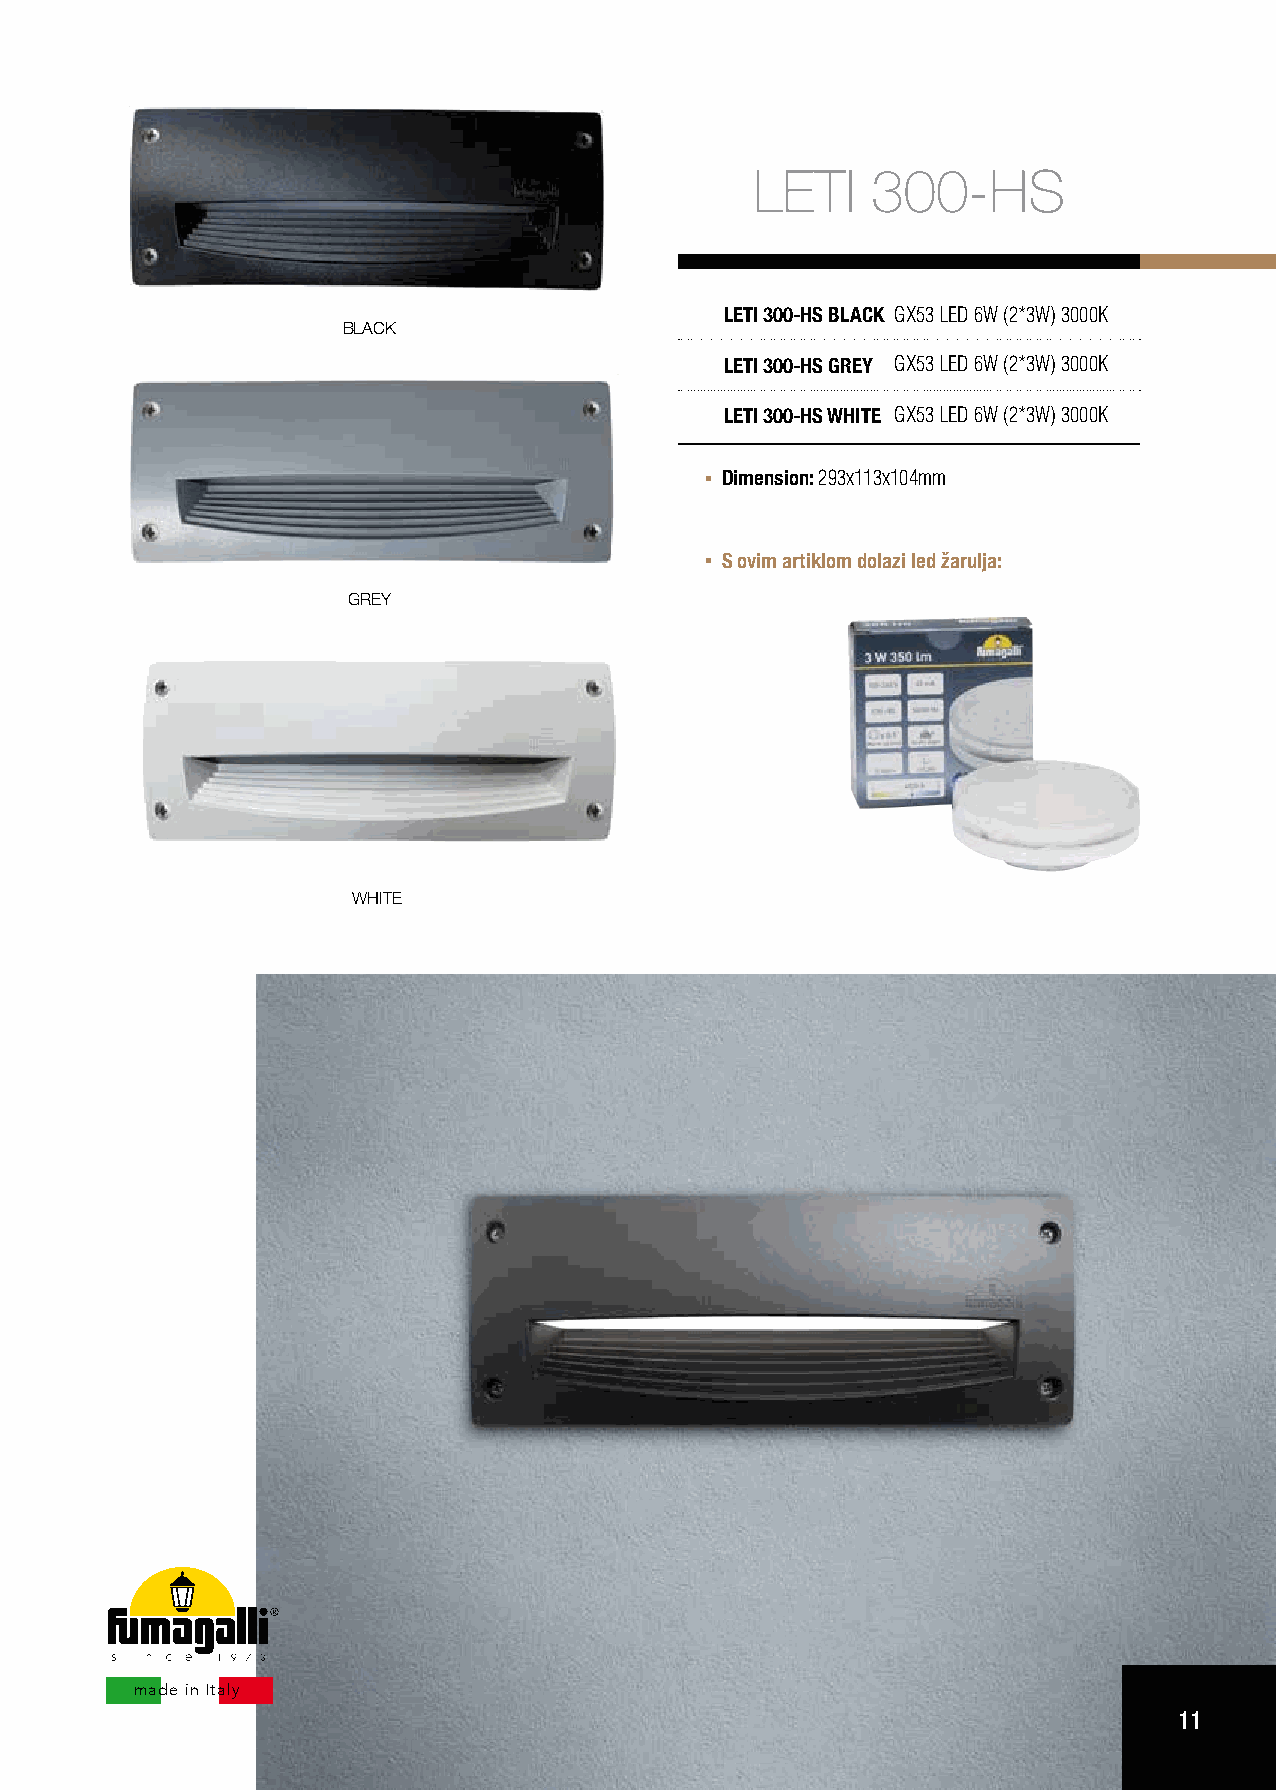
LETI    300-HS
 LETI 300-HS BLACK GX53 LED 6W (2*3W) 3000K
 BLACK
 LETI 300-HS GREY GX53 LED 6W (2*3W) 3000K
 LETI 300-HS WHITE GX53 LED 6W (2*3W) 3000K
 Dimension: 293x113x104mm
 S ovim artiklom dolazi led žarulja:
 GREY
 WHITE
 made in Italy
 11